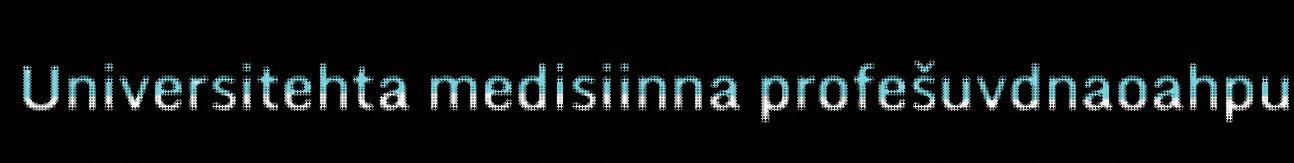
Universitehta medisiinna profešuvdnaoahpu